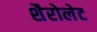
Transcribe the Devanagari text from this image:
शैरोलेट